Vaccination in Bombay 1889-1901 - 1889-1901
Year: 1889
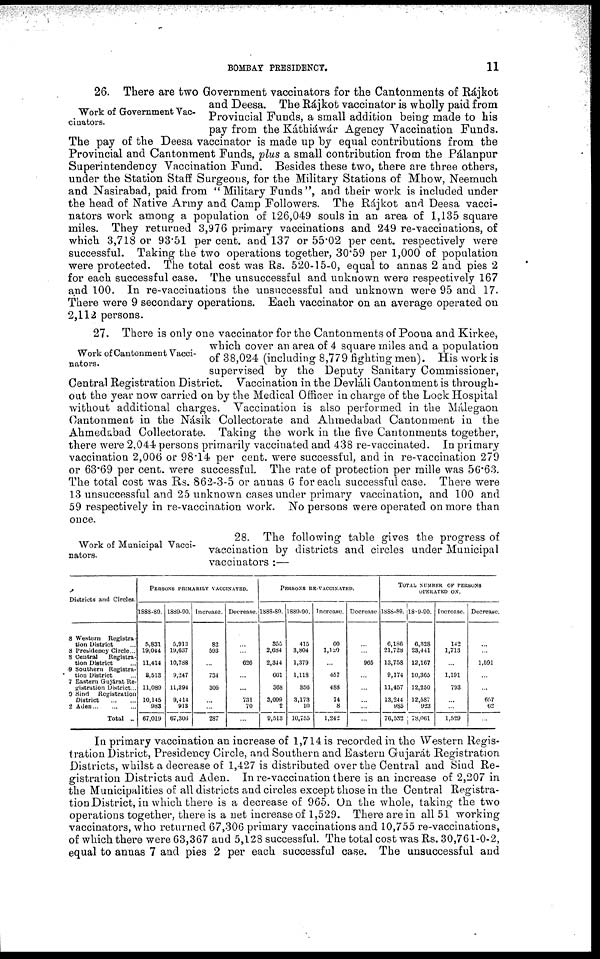
BOMBAY PRESIDENCY.
11
Work of Government Vac-
cinators.
26. There are two Government vaccinators for the Cantonments of Rájkot
and Deesa. The Rájkot vaccinator is wholly paid from
Provincial Funds, a small addition being made to his
pay from the Káthiáwár Agency Vaccination Funds.
The pay of the Deesa vaccinator is made up by equal contributions from the
Provincial and Cantonment Funds, plus a small contribution from the Pálanpur
Superintendency Vaccination Fund. Besides these two, there are three others,
under the Station Staff Surgeons, for the Military Stations of Mhow, Neemuch
and Nasirabad, paid from "Military Funds", and their work is included under
the head of Native Army and Camp Followers. The Rájkot and Deesa vacci-
nators work among a population of 126,049 souls in an area of 1,135 square
miles. They returned 3,976 primary vaccinations and 249 re-vaccinations, of
which 3,718 or 93.51 per cent. and 137 or 55.02 per cent. respectively were
successful. Taking the two operations together, 30.59 per 1,000 of population
were protected. The total cost was Rs. 520-15-0, equal to annas 2 and pies 2
for each successful case. The unsuccessful and unknown were respectively 167
and 100. In re-vaccinations the unsuccessful and unknown were 95 and 17.
There were 9 secondary operations. Each vaccinator on an average operated on
2,112 persons.
Work of Cantonment Vacci-
nators.
27. There is only one vaccinator for the Cantonments of Poona and Kirkee,
which cover an area of 4 square miles and a population
of 38,024 (including 8,779 fighting men). His work is
supervised by the Deputy Sanitary Commissioner,
Central Registration District. Vaccination in the Devláli Cantonment is through-
out the year now carried on by the Medical Officer in charge of the Lock Hospital
without additional charges. Vaccination is also performed in the Málegaon
Cantonment in the Násik Collectorate and Ahmedabad Cantonment in the
Ahmedabad Collectorate. Taking the work in the five Cantonments together,
there were 2,044 persons primarily vaccinated and 438 re-vaccinated. In primary
vaccination 2,006 or 98.14 per cent. were successful, and in re-vaccination 279
or 63.69 per cent. were successful. The rate of protection per mille was 56.63.
The total cost was Rs. 862-3-5 or annas 6 for each successful case. There were
13 unsuccessful and 25 unknown cases under primary vaccination, and 100 and
59 respectively in re-vaccination work. No persons were operated on more than
once.
Work of Municipal Vacci-
nators.
28. The following table gives the progress of
vaccination by districts and circles under Municipal
vaccinators :—
Districts and Circles.
8 Western
Registra-
tion District ...
8 Presidency Circle...
8 Central
Registra-
tion District ...
9 Southern Registra-
tion District ...
7 Eastern Gujárat Re-
gistration District...
9 Sind
Registration
District
...
...
2
Aden...
...
...
Total ..
PERSONS PRIMARILY VACCINATED.
1888-80.
5,831
19,044
11,414
8,513
11,089
10,145
983
67,019
1889-90.
5,913
19,637
10,788
9,247
11,394
9,414
913
67,306
Increase.
82
593
...
734
305
...
...
287
Decrease.
...
...
626
...
...
731
70
...
PERSONS RE-VACCINATED.
1888-89.
355
2,684
2,344
661
368
3,099
2
9,513
1889-90.
415
3,804
1,379
1,118
856
3,173
10
10,755
Increase.
60
1,120
...
457
488
74
8
1,242
Decrease.
...
...
965
...
...
...
...
...
TOTAL NUMBER OF PERSONS
OPERATED
ON.
1888-89.
6,186
21,728
13,758
9,174
11,457
13,244
985
76,532
1889-90.
6,328
23,441
12,167
10,365
12,250
12,587
923
78,061
Increase.
142
1,713
...
1,191
793
...
...
1,529
Decrease.
...
...
1,591
...
...
657
62
...
In primary vaccination an increase of 1,714 is recorded in the Western Regis-
tration District, Presidency Circle, and Southern and Eastern Gujarát Registration
Districts, whilst a decrease of 1,427 is distributed over the Central and Sind Re-
gistration Districts and Aden. In re-vaccination there is an increase of 2,207 in
the Municipalities of all districts and circles except those in the Central Registra-
tion District, in which there is a decrease of 965. On the whole, taking the two
operations together, there is a net increase of 1,529. There are in all 51 working
vaccinators, who returned 67,306 primary vaccinations and 10,755 re-vaccinations,
of which there were 63,367 and 5,128 successful. The total cost was Rs. 30,761-0-2,
equal to annas 7 and pies 2 per each successful case. The unsuccessful and